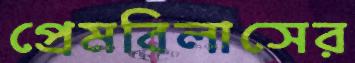
প্রেমবিলাসের